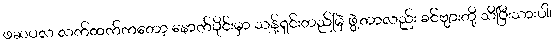
ဖဆပလ လက်ထက်ကတော့ နောက်ပိုင်းမှာ သန့်ရှင်းတည်မြဲ ဖွဲ့တာလည်း ခင်ဗျားတို့ သိပြီးသားပါ၊